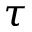
\tau